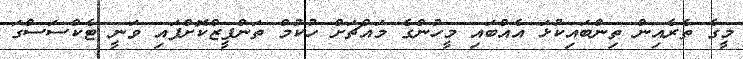
މީގެ ތެރެއިން ތިންބައިކުޅަ އެއްބައި މީހުންގެ މައްޗަށް ހުކުމް ތަންފީޒްކޮށްފައި ވަނީ ޓެކްސަސްގަ